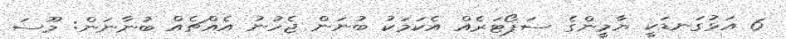
6 އަޅުގަނޑަކީ ޔާމީންގެ ސަޕޯޓަރެއް އެކަމަކު ބުނަން ޖެހުނު އެއްޗެއް ބުނާނަން: މޫސަ